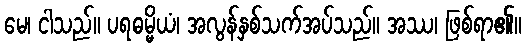
မေ၊ ငါသည်။ ပရဓမ္မိယံ၊ အလွန်နှစ်သက်အပ်သည်။ အဿ၊ ဖြစ်ရာ၏။